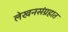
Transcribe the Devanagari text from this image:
लेखनसंग्रहात